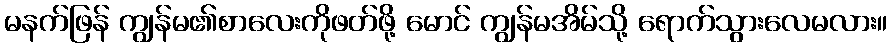
မနက်ဖြန် ကျွန်မ၏စာလေးကိုဖတ်ဖို့ မောင် ကျွန်မအိမ်သို့ ရောက်သွားလေမလား။